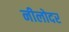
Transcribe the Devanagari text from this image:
नीलोदर